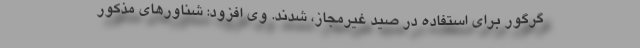
گرگور برای استفاده در صید غیرمجاز، شدند. وی افزود: شناورهای مذکور